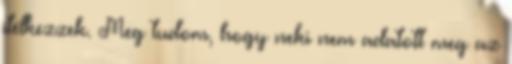
ítélkezzek. Meg tudom, hogy neki nem adatott meg az